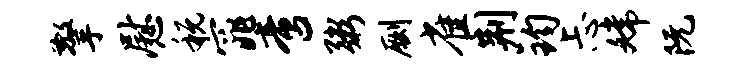
擎慰税窕啻粥劂雀荆钧忐嫦阮